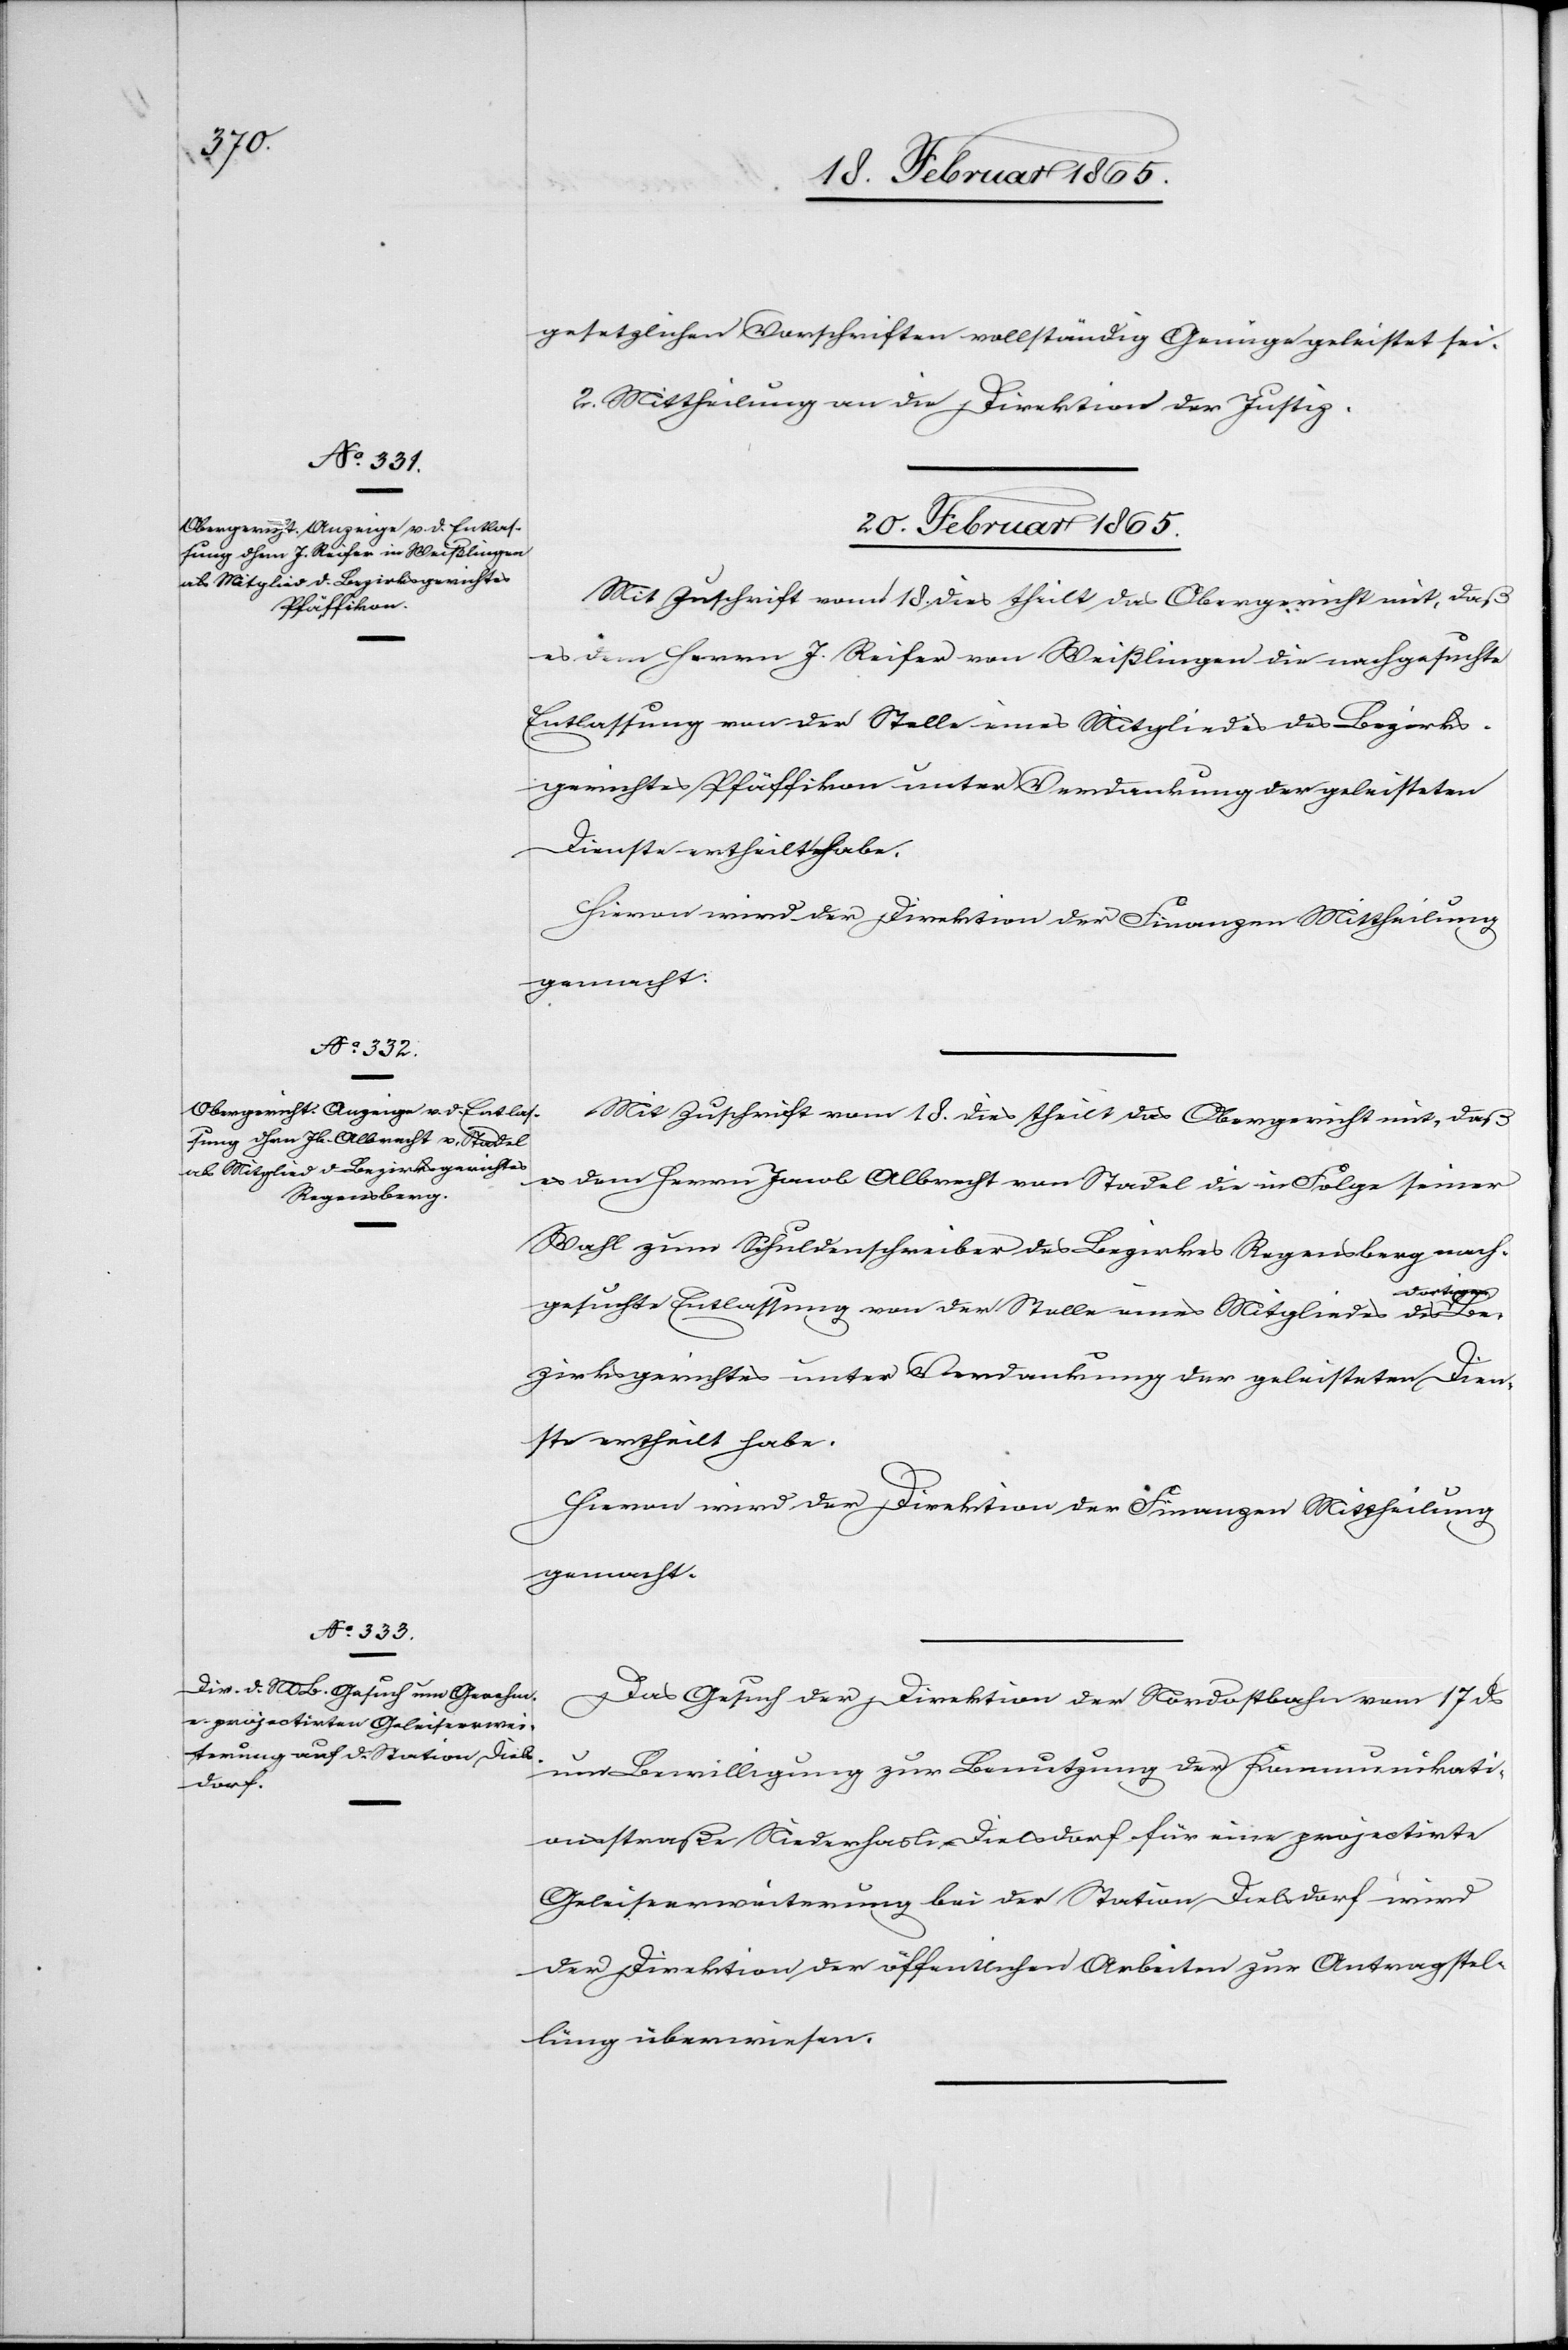
gesetzlichen Vorschriften vollständig Genüge geleistet sei.
2. Mittheilung an die Direktion der Justiz.
20. Februar 1865.]
Mit Zuschrift vom 18. dies theilt das Obergericht mit, daß
es dem Herrn J. Reifer von Weißlingen die nachgesuchte
Entlassung von der Stelle eines Mitgliedes des Bezirks¬
gerichtes Pfäffikon unter Verdankung der geleisteten
Dienste ertheilt habe.
Mit Zuschrift vom 18. dies theilt das Obergericht mit, daß
es dem Herrn Jacob Albrecht von Stadel die in Folge seiner
Wahl zum Schuldenschreiber des Bezirkes Regensberg nach¬
ortigen Be¬
gesuchte Entlassung von der Stelle eines Mitgliedes des d¬
zirksgerichtes unter Verdankung der geleisteten Dien¬
ste ertheilt habe.
Hievon wird der Direktion der Finanzen Mittheilung
gemacht.
Das Gesuch der Direktion der Nordostbahn vom 17 ds
um Bewilligung zur Benutzung der Kommunikati¬
onsstraße Niederhasli-Dielsdorf für eine projectirte
Geleiseerweiterung bei der Station Dielsdorf wird
der Direktion der öffentlichen Arbeiten zur Antragstel¬
lung überwiesen.